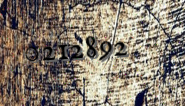
0212892